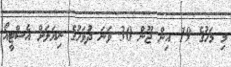
މި މަހުގެ 19 އިން ޖޫން 30 ވަނަ ދުވަހުގެ ނިޔަލަށް އެސްޓީއޯ